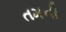
તમની